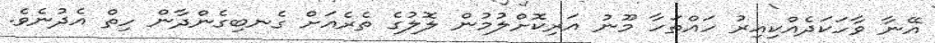
އޭނާ ވާހަކަދެއްކިއިރު ހައްތަހާ މޫނު އަރިކޮށްލުމުން ލޮލުގެ ތެރެއަށް ގެނބިގެންދާން ހިތް އެދުނެވެ.